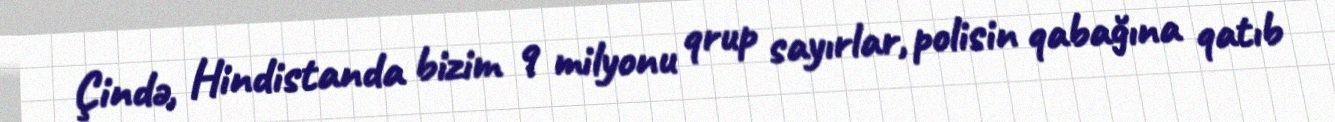
Çində, Hindistanda bizim 9 milyonu qrup sayırlar, polisin qabağına qatıb